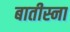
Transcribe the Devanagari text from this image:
बातीस्ना